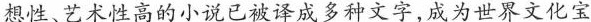
想性、艺术性高的小说已被译成多种文字，成为世界文化宝